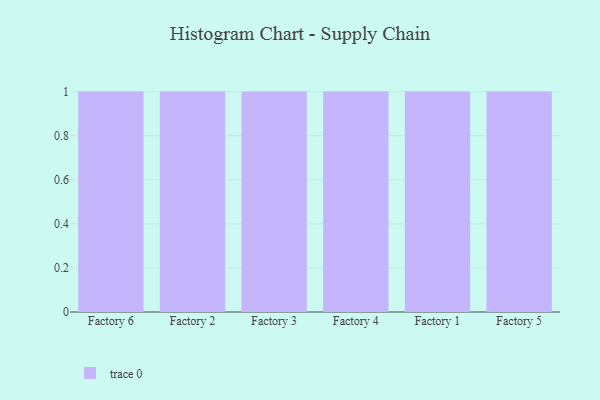
{"axis": {"x": "Factory", "y": "Bounce Rate (%)"}, "legend": [""], "data": [{"x": "Factory 6", "y": 51, "type": ""}, {"x": "Factory 2", "y": 75, "type": ""}, {"x": "Factory 3", "y": 58, "type": ""}, {"x": "Factory 4", "y": 17, "type": ""}, {"x": "Factory 1", "y": 35, "type": ""}, {"x": "Factory 5", "y": 44, "type": ""}]}